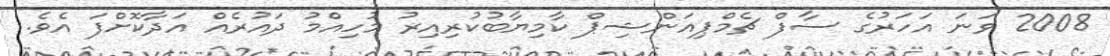
2008 ވަނަ އަހަރުގެ ސާފް ޗެމްޕިއަންޝިޕް ކާމިޔާބުކުރިއިރު މުހިއްމު ދައުރެއް އަދާކޮށްފަ އެވެ.